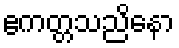
ဧကတ္တသညိနော